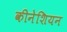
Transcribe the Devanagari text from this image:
कीनेशियन